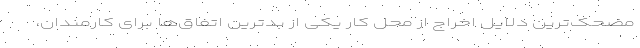
مضحک‌ترین دلایل اخراج از محل کار یکی از بدترین اتفاق‌ها برای کارمندان،